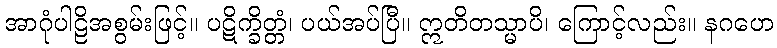
အာဂုံပါဠိအစွမ်းဖြင့်။ ပဋိက္ခိတ္တံ၊ ပယ်အပ်ပြီ။ ဣတိတသ္မာပိ၊ ကြောင့်လည်း။ နဂဟေ